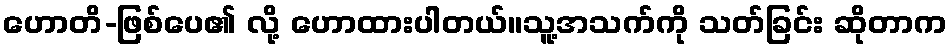
ဟောတိ-ဖြစ်ပေ၏ လို့ ဟောထားပါတယ်။သူ့အသက်ကို သတ်ခြင်း ဆိုတာက